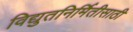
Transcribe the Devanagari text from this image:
विद्युतनिर्मितीसाठी